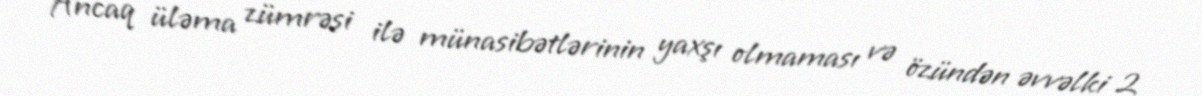
Ancaq üləma zümrəsi ilə münasibətlərinin yaxşı olmaması və özündən əvvəlki 2